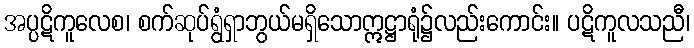
အပ္ပဋိကူလေစ၊ စက်ဆုပ်ရွံရှာဘွယ်မရှိသောဣဋ္ဌာရုံ၌လည်းကောင်း။ ပဋိကူလသညီ၊